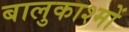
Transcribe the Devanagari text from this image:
बालुकाश्मों